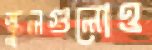
স্কুলগুলোও